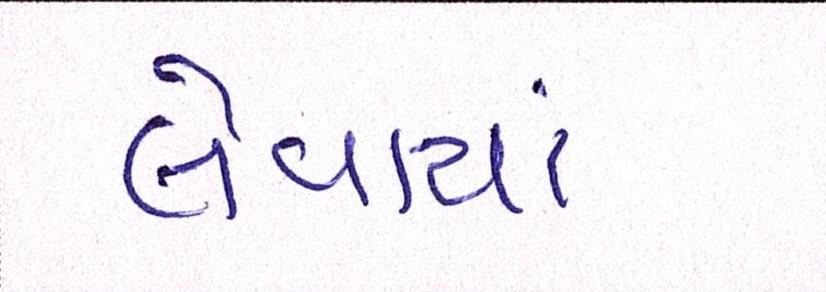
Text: લેવાયાં